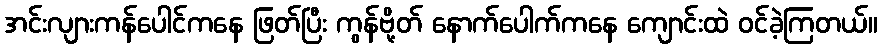
အင်းလျားကန်ပေါင်ကနေ ဖြတ်ပြီး ကွန်ဗို့တ် နောက်ပေါက်ကနေ ကျောင်းထဲ ဝင်ခဲ့ကြတယ်။